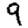
Digit: 9